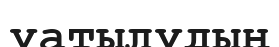
уатылудың